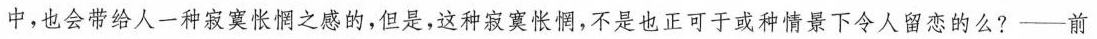
中，也会带给人一种寂寞怅悯之感的,但是,这种寂寞怅惘,不是也正可于或种情景下今人留恋的么?——前